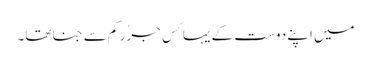
میں اَپنے دوست کے یہا کِسِ جرُرِ کم سے جنا تھا۔